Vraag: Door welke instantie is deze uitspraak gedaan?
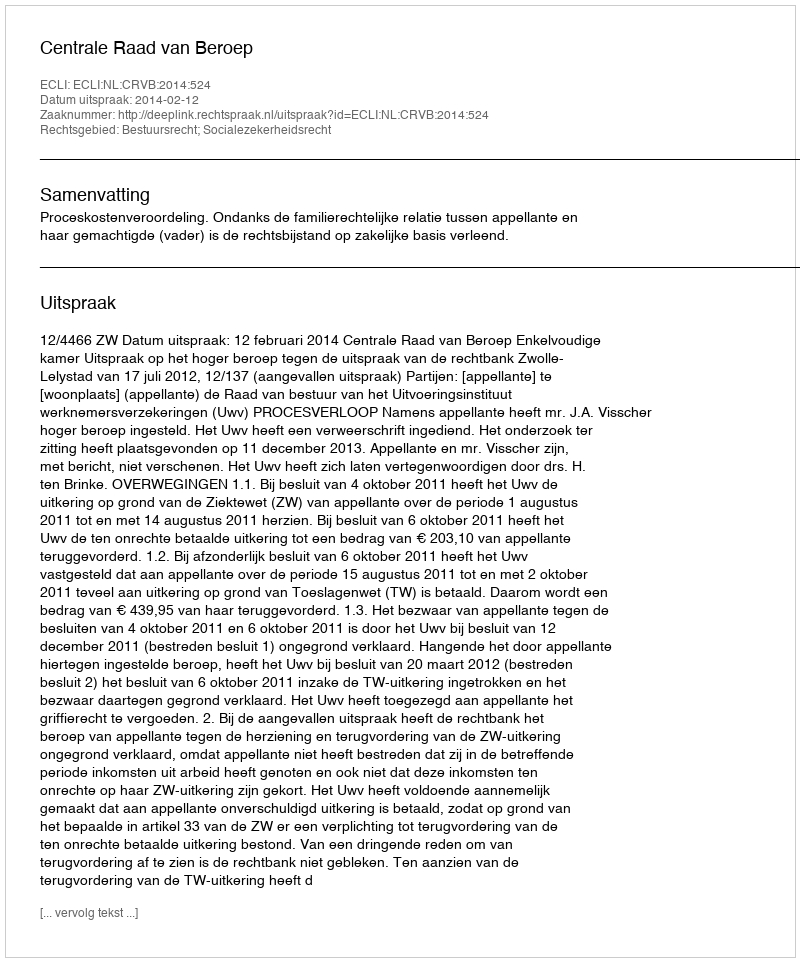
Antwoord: Centrale Raad van Beroep